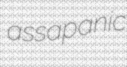
assapanic